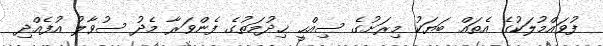
ފުވައްމުލަކުގެ އެތައް ބަޔަކު މިރަށުގެ ސިއްހީ ޚިދުމަތުގެ ފެންވަރާ މެދު ސުވާލު އުފެއްދި